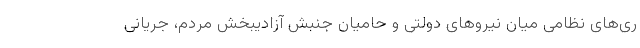
ری‌های نظامی میان نیروهای دولتی و حامیان جنبش آزادیبخش مردم، جریانی